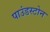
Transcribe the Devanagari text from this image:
पाउंडस्टोन